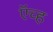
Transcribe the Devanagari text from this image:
ऍच्ह